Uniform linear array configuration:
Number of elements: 8
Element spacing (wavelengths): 1
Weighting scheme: binomial
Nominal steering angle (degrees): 15
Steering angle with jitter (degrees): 15.073
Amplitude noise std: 0.05
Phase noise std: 0.05

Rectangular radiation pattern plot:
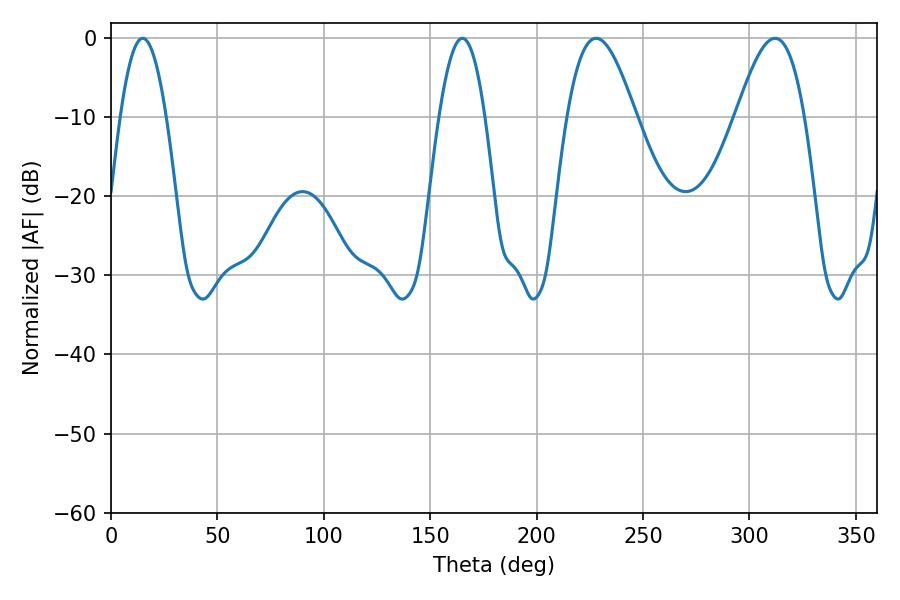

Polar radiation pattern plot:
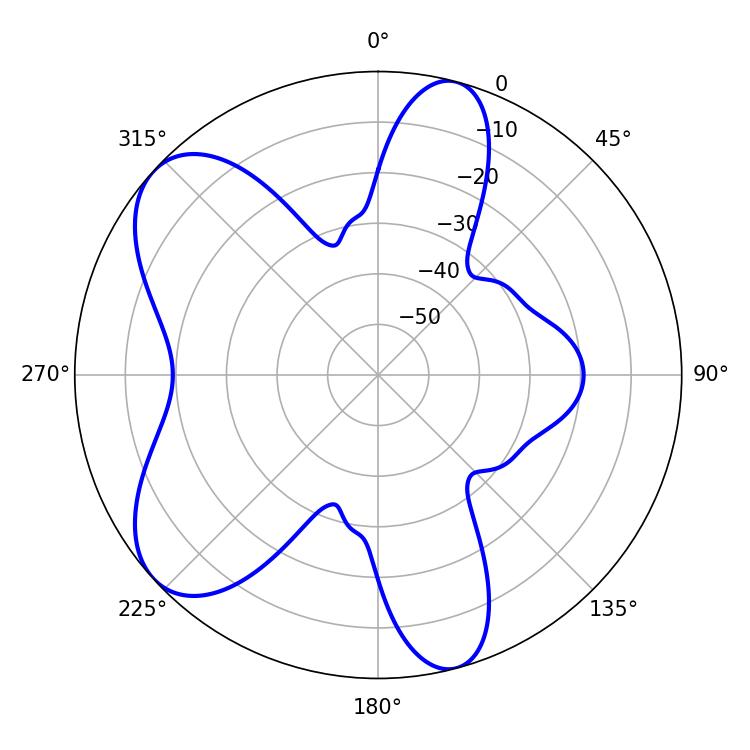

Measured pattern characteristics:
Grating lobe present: TRUE
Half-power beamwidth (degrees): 11.7
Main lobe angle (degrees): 14.94